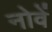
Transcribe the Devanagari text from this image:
नोवें